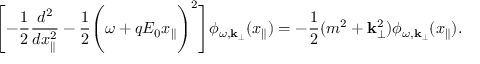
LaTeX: \Biggl [ - \frac { 1 } { 2 } \frac { d ^ { 2 } } { d x _ { \parallel } ^ { 2 } } - \frac { 1 } { 2 } \Biggl ( \omega + q E _ { 0 } x _ { \parallel } \Biggr ) ^ { 2 } \Biggr ] \phi _ { \omega , { \bf k } _ { \perp } } ( x _ { \parallel } ) = - \frac { 1 } { 2 } ( m ^ { 2 } + { \bf k } _ { \perp } ^ { 2 } ) \phi _ { \omega , { \bf k } _ { \perp } } ( x _ { \parallel } ) .